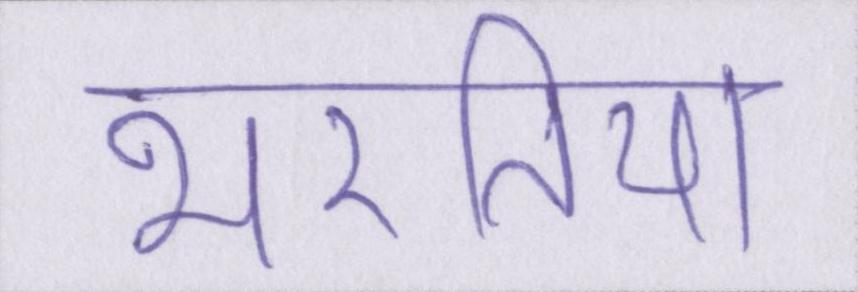
भरतिया